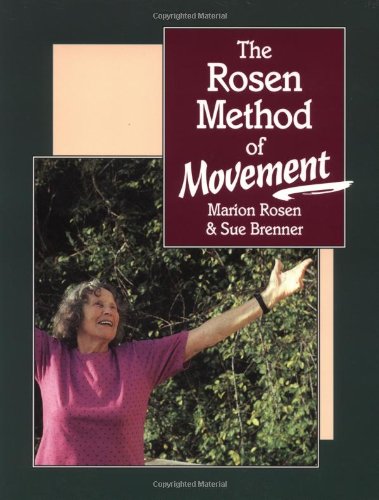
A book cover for The Rosen Method of Movement; Marion Rosen; Health, Fitness & Dieting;